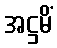
အဋ္ဌမိံ